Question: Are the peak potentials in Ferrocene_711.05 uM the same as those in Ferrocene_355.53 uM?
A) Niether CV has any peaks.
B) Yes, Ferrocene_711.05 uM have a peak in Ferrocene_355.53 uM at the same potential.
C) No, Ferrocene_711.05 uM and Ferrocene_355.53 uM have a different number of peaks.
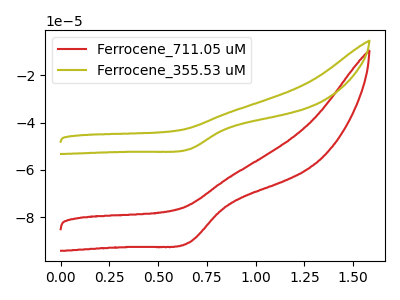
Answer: <think>The red curve "Ferrocene_711.05 uM" has a cathodic peak at: (0.65V, -90.70uA). The olive curve "Ferrocene_355.53 uM" has a cathodic peak at: (0.65V, -51.30uA).</think>
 <answer>B) Yes, "Ferrocene_711.05 uM" have a peak in "Ferrocene_355.53 uM" at the same potential.</answer>
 <eval>B</eval>